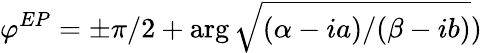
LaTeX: \varphi^{EP}=\pm\pi/2+\arg\sqrt{(\alpha-ia)/(\beta-ib)})